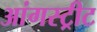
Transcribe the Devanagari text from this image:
आंगस्ट्रीट